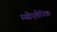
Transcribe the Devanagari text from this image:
म्योएंतेरिक